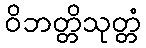
ဝိဘတ္တိသုတ္တံ